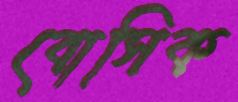
বোসিক